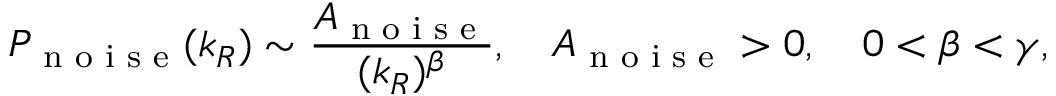
P _ { \textrm { n o i s e } } ( k _ { R } ) \sim \frac { A _ { \textrm { n o i s e } } } { ( k _ { R } ) ^ { \beta } } , \quad A _ { \textrm { n o i s e } } > 0 , \quad 0 < \beta < \gamma ,